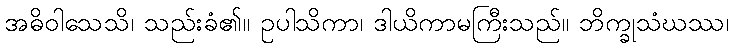
အဓိဝါသေသိ၊ သည်းခံ၏။ ဥပါသိကာ၊ ဒါယိကာမကြီးသည်။ ဘိက္ခုသံဃဿ၊